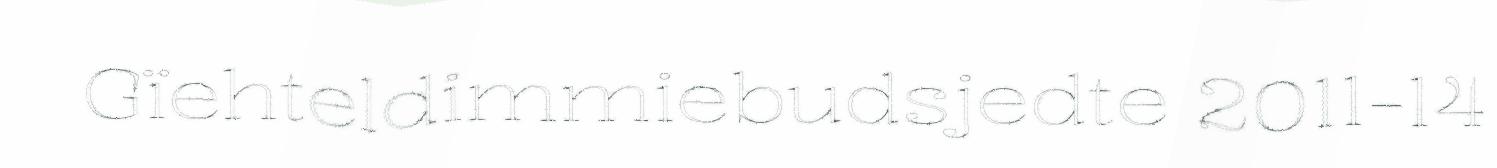
Gïehteldimmiebudsjedte 2011-14